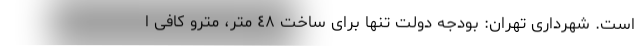
است. شهرداری تهران: بودجه دولت تنها برای ساخت ٤٨ متر، مترو کافی ا